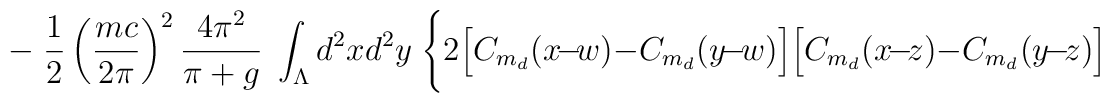
- \; \frac{1}{2} \left(\frac{mc}{2\pi}\right)^2 \frac{4\pi^2}{\pi+g} \;\int_\Lambda d^2 x d^2y \; \Bigg\{2\Big[C_{m_d}(x\!-\!w)-C_{m_d}(y\!-\!w)\Big]\Big[C_{m_d}(x\!-\!z)-C_{m_d}(y\!-\!z)\Big]